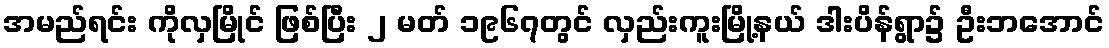
အမည်ရင်း ကိုလှမြိုင် ဖြစ်ပြီး ၂ မတ် ၁၉၆၇တွင် လှည်းကူးမြို့နယ် ဒါးပိန်ရွာ၌ ဦးဘအောင်